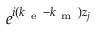
e ^ { i ( k _ { \mathrm { ~ e ~ } } - k _ { \mathrm { ~ m ~ } } ) z _ { j } }